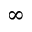
^ \infty